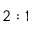
2 : 1